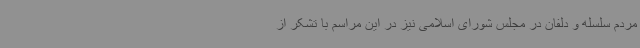
مردم سلسله و دلفان در مجلس شورای اسلامی نیز در این مراسم با تشکر از